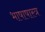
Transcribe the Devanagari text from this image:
भाषाषास्त्र